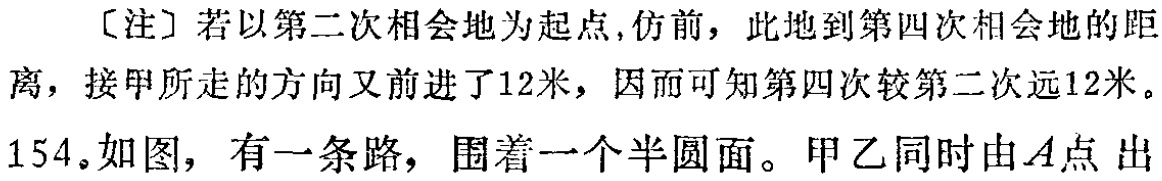
[注] 若以第二次相会地为起点,仿前，此地到第四次相会地的距离，接甲所走的方向又前进了12米，因而可知第四次较第二次远12米。

154。如图， 有一条路， 围着一个半圆面。甲乙同时由\(A\)点出